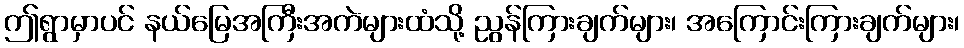
ဤရွာမှာပင် နယ်မြေအကြီးအကဲများထံသို့ ညွန်ကြားချက်များ၊ အကြောင်းကြားချက်များ၊